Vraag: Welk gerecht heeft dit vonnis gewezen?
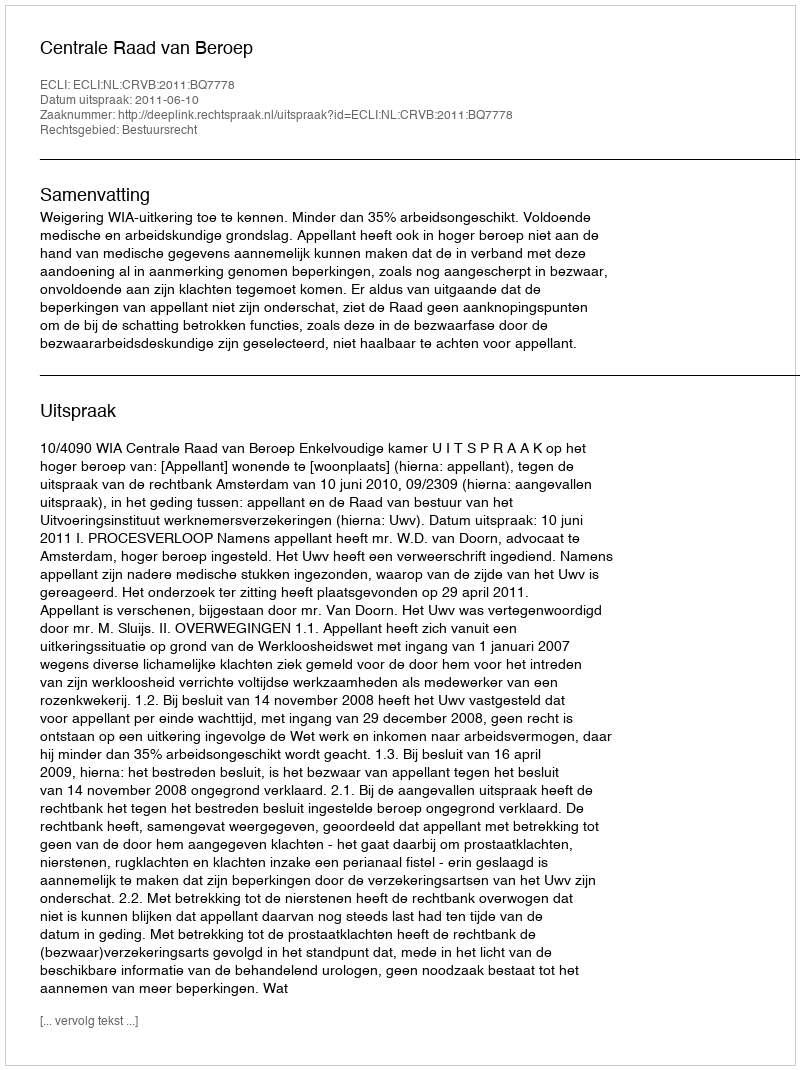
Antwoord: Centrale Raad van Beroep